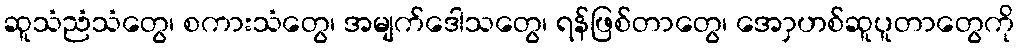
ဆူသံညံသံတွေ၊ စကားသံတွေ၊ အမျက်ဒေါသတွေ၊ ရန်ဖြစ်တာတွေ၊ အောှဟစ်ဆူပူတာတွေကို